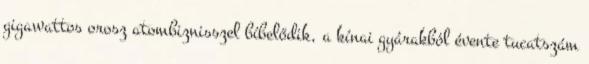
gigawattos orosz atombiznisszel bíbelődik, a kínai gyárakból évente tucatszám